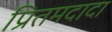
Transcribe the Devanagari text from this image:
प्रितमदादा